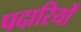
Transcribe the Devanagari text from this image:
पदारियों